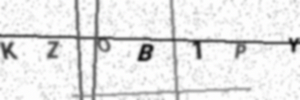
Text: KZOB1PY